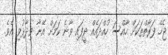
ޖެހޭ ފަރާތްތަކަށް ހާއްސަ ހުއްދައެއް ދީފައި ވާނެ ކަމަށް އޭނާ ވިދާޅުވި އެވެ.